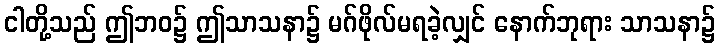
ငါတို့သည် ဤဘဝ၌ ဤသာသနာ၌ မဂ်ဖိုလ်မရခဲ့လျှင် နောက်ဘုရား သာသနာ၌